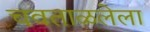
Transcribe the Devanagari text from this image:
चवताळलेला